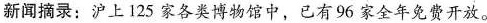
新闻摘录：沪上125家各类博物馆中，已有96家全年免费开放。